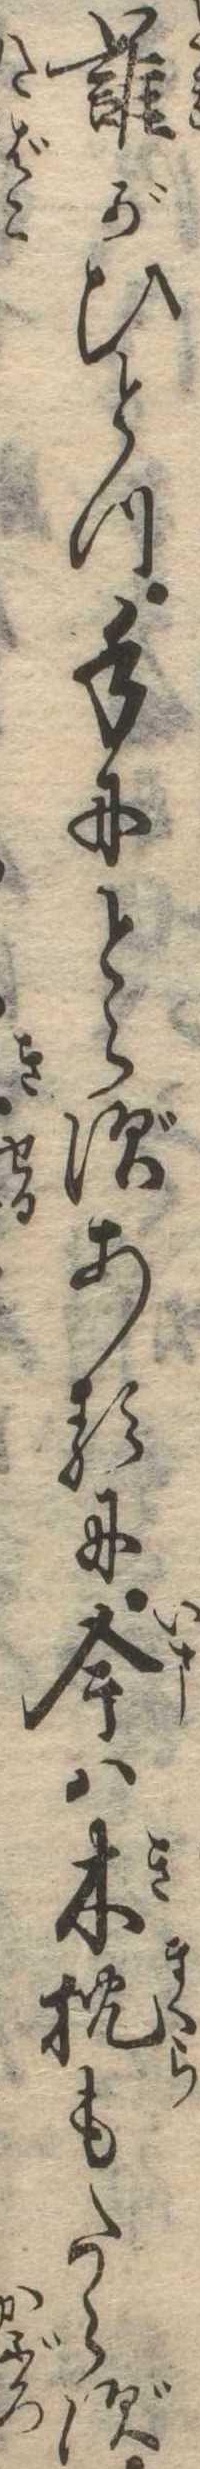
誰がひとつ手にとらずあるに今は木枕もたらず